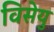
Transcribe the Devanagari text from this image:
विसेयु